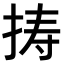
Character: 𢭏